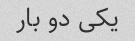
یکی دو بار